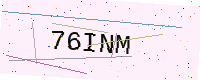
Text: 76INM